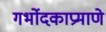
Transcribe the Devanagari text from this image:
गर्भोदकाप्रमाणे